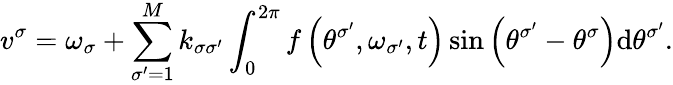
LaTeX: v^{\sigma}=\omega_{\sigma}+\sum_{\sigma^{\prime}=1}^{M}k_{\sigma\sigma^{\prime}}\int_{0}^{2\pi}f\left(\theta^{\sigma^{\prime}},\omega_{\sigma^{\prime}},t\right)\sin{\left(\theta^{\sigma^{\prime}}-\theta^{\sigma}\right)}\mathrm{d}\theta^{\sigma^{\prime}}.